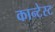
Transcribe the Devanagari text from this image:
कान्टेस्ट